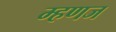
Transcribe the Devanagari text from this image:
म्हणज